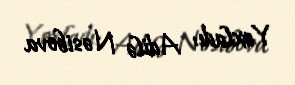
Yoxladı: Adilə Nəsibova